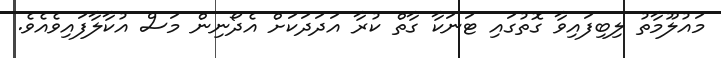
މައުލޫމާތު ލިބިފައިވާ ގޮތުގައި ޓަނަކާ ގާތް ކުރާ އަދަދަކަށް އެދޯނިން މަސް އުކާލާފައިވެއެވެ.